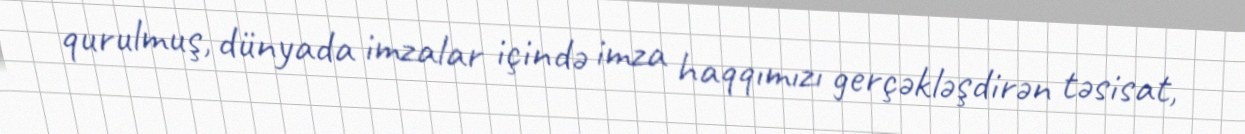
qurulmuş, dünyada imzalar içində imza haqqımızı gerçəkləşdirən təsisat,